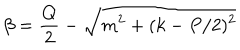
\beta = \frac { Q } { 2 } - \sqrt { m ^ { 2 } + ( k - P / 2 ) ^ { 2 } }